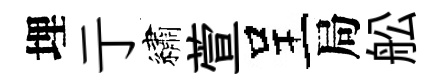
埋亍繡萱呈局舩